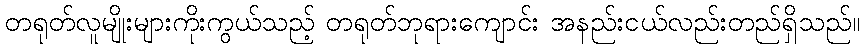
တရုတ်လူမျိုးများကိုးကွယ်သည့် တရုတ်ဘုရားကျောင်း အနည်းငယ်လည်းတည်ရှိသည်။